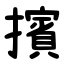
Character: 擯